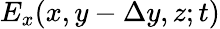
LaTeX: E_{x}(x,y-\Delta y,z;t)